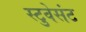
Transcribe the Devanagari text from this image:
स्टुवेसंट